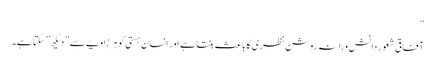
”
آفاقی شعور دانش ورانہ روشن نظری کا باعث بنتا ہے اور انسان ہستی کو ہر زاویے سے ”دیکھ” سکتا ہے۔